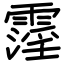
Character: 霪